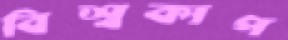
বিশ্বকাপ